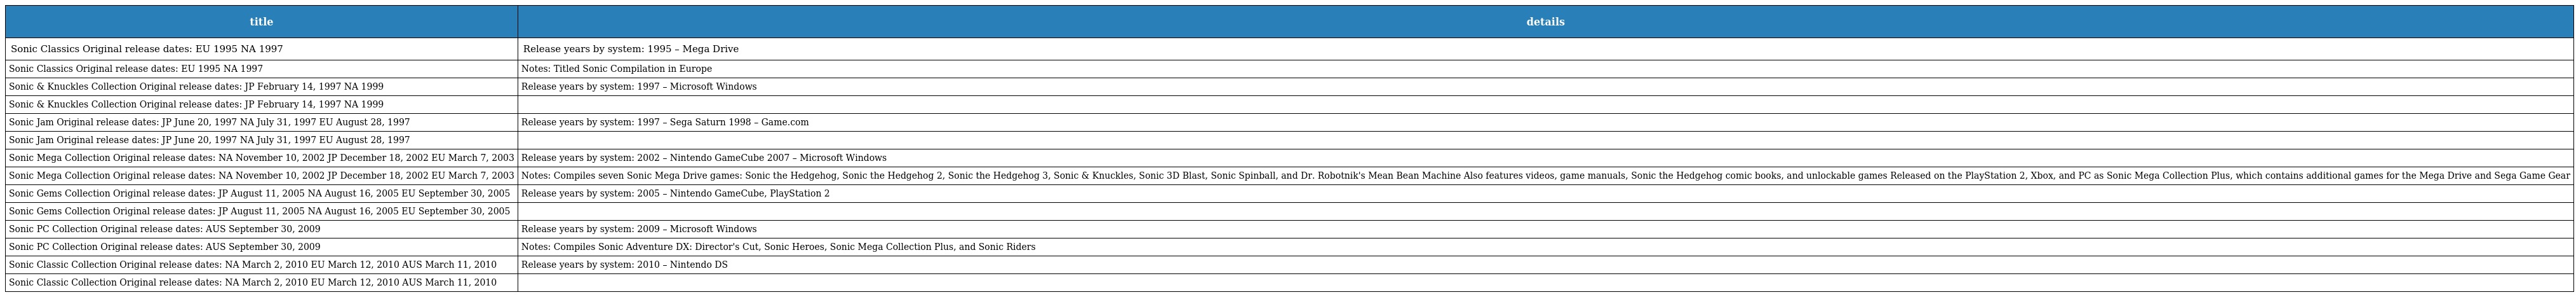
| title | details |
 | --- | --- |
 | Sonic Classics Original release dates: EU 1995 NA 1997 | Release years by system: 1995 – Mega Drive |
 | Sonic Classics Original release dates: EU 1995 NA 1997 | Notes: Titled Sonic Compilation in Europe |
 | Sonic & Knuckles Collection Original release dates: JP February 14, 1997 NA 1999 | Release years by system: 1997 – Microsoft Windows |
 | Sonic & Knuckles Collection Original release dates: JP February 14, 1997 NA 1999 |  |
 | Sonic Jam Original release dates: JP June 20, 1997 NA July 31, 1997 EU August 28, 1997 | Release years by system: 1997 – Sega Saturn 1998 – Game.com |
 | Sonic Jam Original release dates: JP June 20, 1997 NA July 31, 1997 EU August 28, 1997 |  |
 | Sonic Mega Collection Original release dates: NA November 10, 2002 JP December 18, 2002 EU March 7, 2003 | Release years by system: 2002 – Nintendo GameCube 2007 – Microsoft Windows |
 | Sonic Mega Collection Original release dates: NA November 10, 2002 JP December 18, 2002 EU March 7, 2003 | Notes: Compiles seven Sonic Mega Drive games: Sonic the Hedgehog, Sonic the Hedgehog 2, Sonic the Hedgehog 3, Sonic & Knuckles, Sonic 3D Blast, Sonic Spinball, and Dr. Robotnik's Mean Bean Machine Also features videos, game manuals, Sonic the Hedgehog comic books, and unlockable games Released on the PlayStation 2, Xbox, and PC as Sonic Mega Collection Plus, which contains additional games for the Mega Drive and Sega Game Gear |
 | Sonic Gems Collection Original release dates: JP August 11, 2005 NA August 16, 2005 EU September 30, 2005 | Release years by system: 2005 – Nintendo GameCube, PlayStation 2 |
 | Sonic Gems Collection Original release dates: JP August 11, 2005 NA August 16, 2005 EU September 30, 2005 |  |
 | Sonic PC Collection Original release dates: AUS September 30, 2009 | Release years by system: 2009 – Microsoft Windows |
 | Sonic PC Collection Original release dates: AUS September 30, 2009 | Notes: Compiles Sonic Adventure DX: Director's Cut, Sonic Heroes, Sonic Mega Collection Plus, and Sonic Riders |
 | Sonic Classic Collection Original release dates: NA March 2, 2010 EU March 12, 2010 AUS March 11, 2010 | Release years by system: 2010 – Nintendo DS |
 | Sonic Classic Collection Original release dates: NA March 2, 2010 EU March 12, 2010 AUS March 11, 2010 |  |